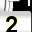
Digit: 2